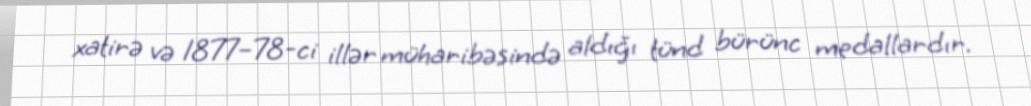
xatirə və 1877–78-ci illər müharibəsində aldığı tünd bürünc medallardır.